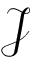
\mathcal { J }